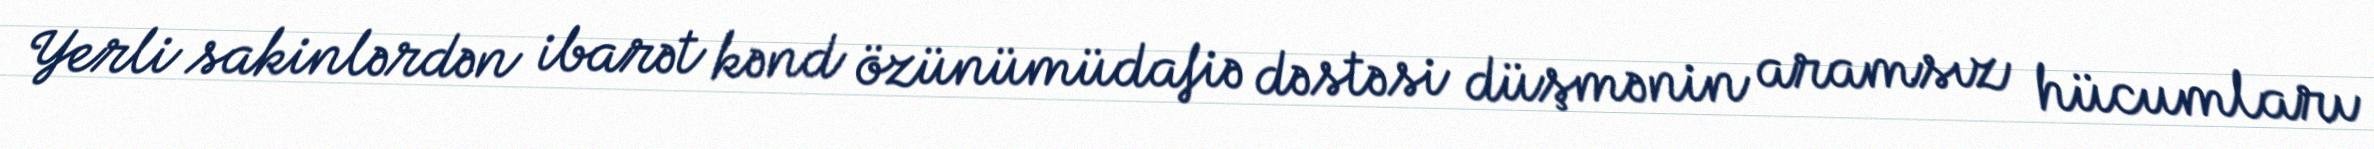
Yerli sakinlərdən ibarət kənd özünümüdafiə dəstəsi düşmənin aramsız hücumları